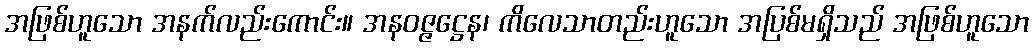
အဖြစ်ဟူသော အနက်လည်းကောင်း။ အနဝဇ္ဇဋ္ဌေန၊ ကိလေသာတည်းဟူသော အပြစ်မရှိသည် အဖြစ်ဟူသော